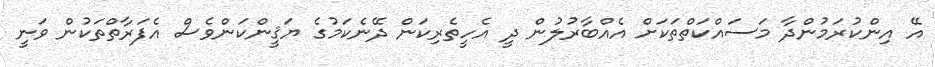
އޭ އިންކުރަމުންދާ މަސައްކަތްތަކަށް އެއްބާރުލުން ދީ އެހީތެރިކަން ދޭނެކަމުގެ ޔަޤީންކަންވެސް އެފަރާތްތަކުން ވަނީ